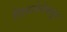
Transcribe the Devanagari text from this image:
शिवसेनेकढून